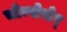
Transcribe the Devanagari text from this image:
चोम्पोसेर्